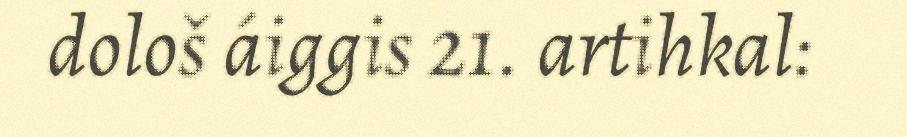
dološ áiggis 21. artihkal: